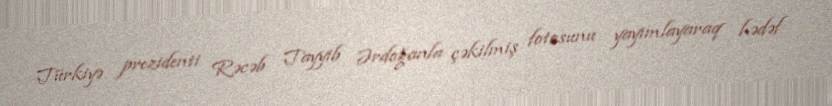
Türkiyə prezidenti Rəcəb Tayyib Ərdoğanla çəkilmiş fotosunu yayımlayaraq hədəf